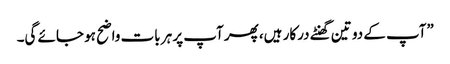
”آپ کے دو تین گھنٹے درکار ہیں، پھر آپ پر ہر بات واضح ہو جائے گی۔